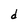
Character: d